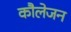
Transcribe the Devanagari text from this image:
कौलेजन